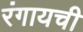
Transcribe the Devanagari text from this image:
रंगायची